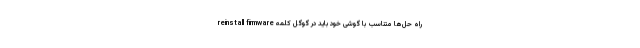
راه حل‌ها متناسب با گوشی خود باید در گوگل کلمه reinstall firmware